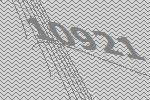
10921